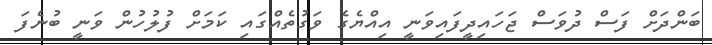
ބަންދަށް ފަސް ދުވަސް ޖަހައިދީފައިވަނީ އިއްޔެގެ ވަގުތެއްގައި ކަމަށް ފުލުހުން ވަނީ ބުނެފަ